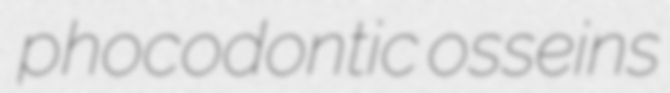
phocodontic osseins